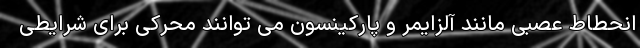
انحطاط عصبی مانند آلزایمر و پارکینسون می توانند محرکی برای شرایطی